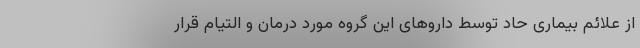
از علائم بیماری حاد توسط داروهای این گروه مورد درمان و التیام قرار